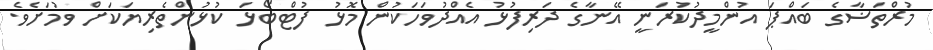
މުރްތަޟާގެ ބައްޕަ އުންމީދުކުރަނީ އޭނާގެ ދަރިފުޅު އެއްދުވަހަކުން މޮޅު ފުޓްބޯޅަ ކުޅުންތެރިޔަކަށް ވުމަށެވެ.